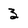
Character: 3